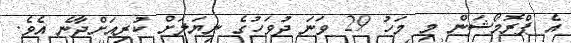
އެ ޕްރޮމޯޝަން މި މަހު 29 ވަނަ ދުވަހުގެ ނިޔަލަށް ކުރިއަށްދާނެ އެވެ.